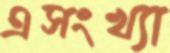
এসংখ্যা